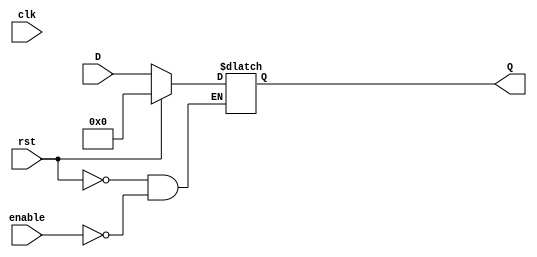
`timescale 1ns / 1ps
//////////////////////////////////////////////////////////////////////////////////
// Company: 
// Engineer: 
// 
// Design Name: 
// Module Name: d_ff_en
// Project Name: 
// Target Devices: 
// Tool Versions: 
// Description: 
// 
// Dependencies: 
// 
// Revision:
// Revision 0.01 - File Created
// Additional Comments:
// 
//////////////////////////////////////////////////////////////////////////////////


module d_ff_en	# (parameter W = 32)
(
input wire clk, //system clock
input wire rst, //system reset
input wire enable, //load signal
input wire [W-1:0] D, //input signal
output reg [W-1:0] Q //output signal
);

always @(clk, rst)
begin
    if(rst)
        Q <= 0;
    else if(enable)
        Q <= D;
    else
        Q <= Q;
end

endmodule